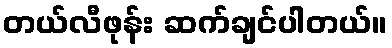
တယ်လီဖုန်း ဆက်ချင်ပါတယ်။